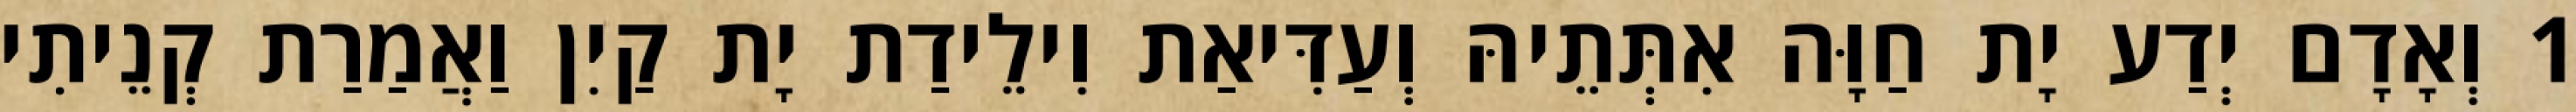
1 וְאָדָם יְדַע יָת חַוָּה אִתְּתֵיהּ וְעַדִּיאַת וִילֵידַת יָת קַיִן וַאֲמַרַת קְנֵיתִי